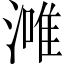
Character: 𣼲